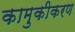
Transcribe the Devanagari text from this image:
कामुकीकरण